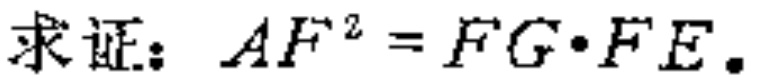
求证：$AF^{2}=FG\cdot FE.$